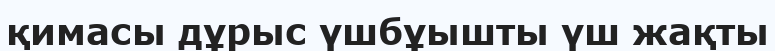
қимасы дұрыс үшбұышты үш жақты